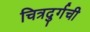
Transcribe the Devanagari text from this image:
चित्रदुर्गची